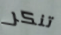
تنكر